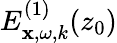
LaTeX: E_{\mathbf{x},\omega,k}^{(1)}(z_{0})